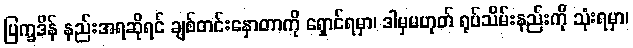
ပြက္ခဒိန် နည်းအရဆိုရင် ချစ်တင်းနှောတာကို ရှောင်ရမှာ၊ ဒါမှမဟုတ် ရုပ်သိမ်းနည်းကို သုံးရမှာ၊